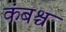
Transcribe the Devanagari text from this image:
कंबश्च